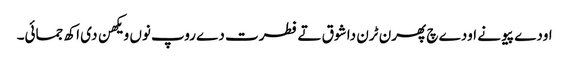
اودے پیو نے اودے چ پھرن ٹرن دا شوق تے فطرت دے روپ نوں ویکھن دی اکھ جمائی۔